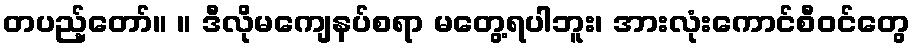
တပည့်တော်။ ။ ဒီလိုမကျေနပ်စရာ မတွေ့ရပါဘူး၊ အားလုံးကောင်စီဝင်တွေ